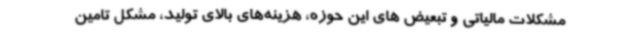
مشکلات مالیاتی و تبعیض های این حوزه، هزینه‌های بالای تولید، مشکل تامین